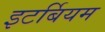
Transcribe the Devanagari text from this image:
इटर्बियम